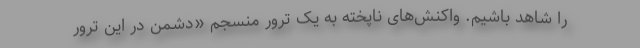
را شاهد باشیم. واکنش‌های ناپخته به یک ترور منسجم «دشمن در این ترور